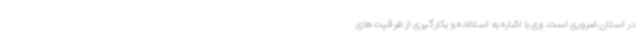
در استان ضروری است. وی با اشاره به استفاده و بکارگیری از ظرفیت های